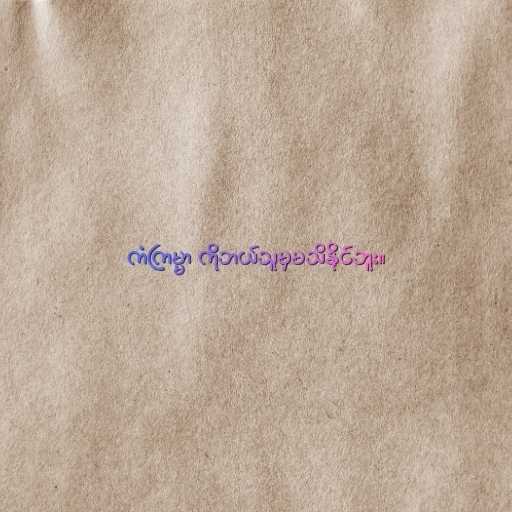
ကံကြမ္မာ ကိုဘယ်သူမှမသိနိုင်ဘူး။